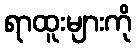
ရာထူးများကို